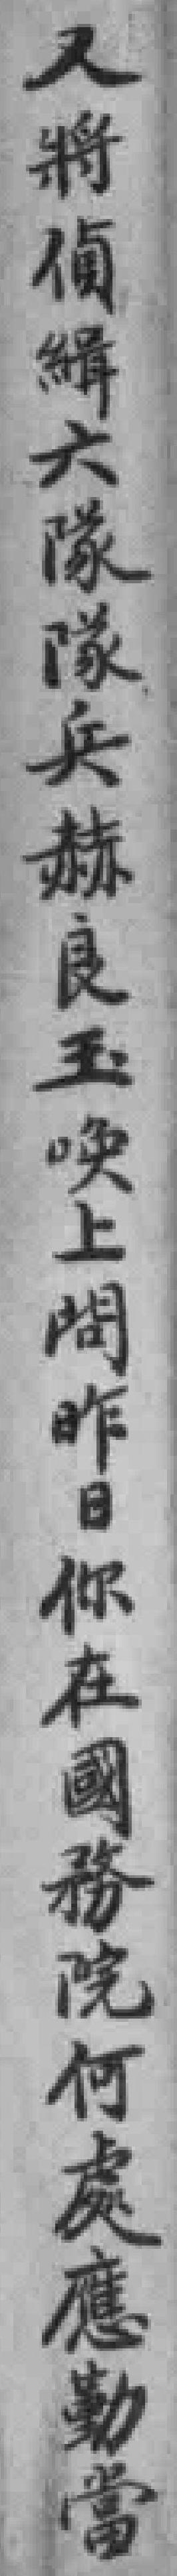
又將偵緝大隊隊兵赫良玉唤上間昨日你在國務院何處應勤當